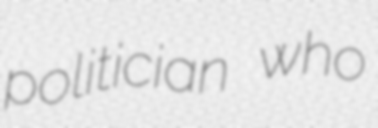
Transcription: politician who